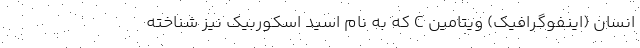
انسان (اینفوگرافیک) ویتامین C که به نام اسید اسکوربیک نیز شناخته